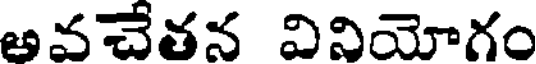
అవచేతన వినియోగం